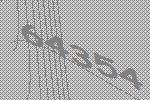
64354